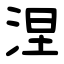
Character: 涅